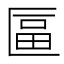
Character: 𠥏